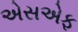
એસએફ